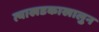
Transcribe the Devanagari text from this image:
त्याखडकाखालुन